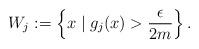
LaTeX: \begin{align*}W_j:=\left\{x\mid g_j(x)> \frac{\epsilon}{2m}\right\}.\end{align*}